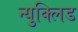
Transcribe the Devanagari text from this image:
न्युक्लिड